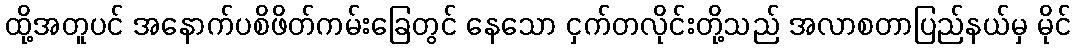
ထို့အတူပင် အနောက်ပစိဖိတ်ကမ်းခြေတွင် နေသော ငှက်တလိုင်းတို့သည် အလာစတာပြည်နယ်မှ မိုင်